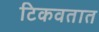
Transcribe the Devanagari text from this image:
टिकवतात